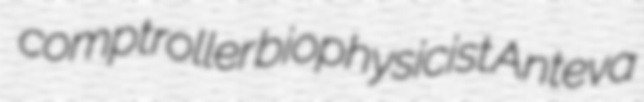
comptroller biophysicist Anteva